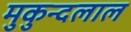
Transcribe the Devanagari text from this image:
मुकुन्दलाल